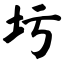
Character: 圬